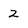
Character: 2